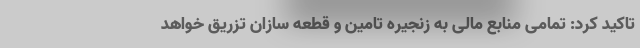
تاکید کرد:‌ تمامی منابع مالی به زنجیره تامین و قطعه سازان تزریق خواهد